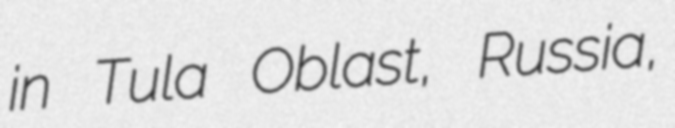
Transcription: in Tula Oblast, Russia,